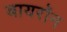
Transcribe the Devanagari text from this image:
बायरॉन